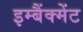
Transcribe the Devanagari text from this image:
इम्बैंक्मेंट